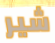
شير